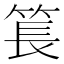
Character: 𥮲